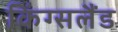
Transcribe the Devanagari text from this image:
किंग्सलैंड